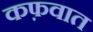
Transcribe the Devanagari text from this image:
कफ़वात